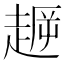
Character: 𧼞